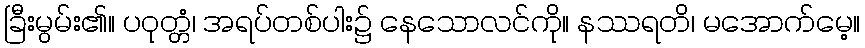
ခြီးမွမ်း၏။ ပဝုတ္တံ၊ အရပ်တစ်ပါး၌ နေသောလင်ကို။ နဿရတိ၊ မအောက်မေ့။